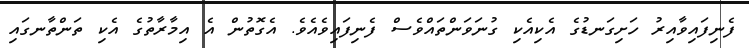
ފެނިފައިވާއިރު ހަށިގަނޑުގެ އެކިއެކި ގުނަވަންތައްވެސް ފެނިފައިވެއެވެ. އެގޮތުން އެ އިމާރާތުގެ އެކި ތަންތާނގައި